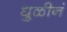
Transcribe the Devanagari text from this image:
धुळीनं